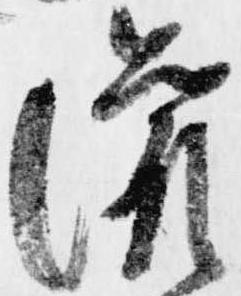
灌